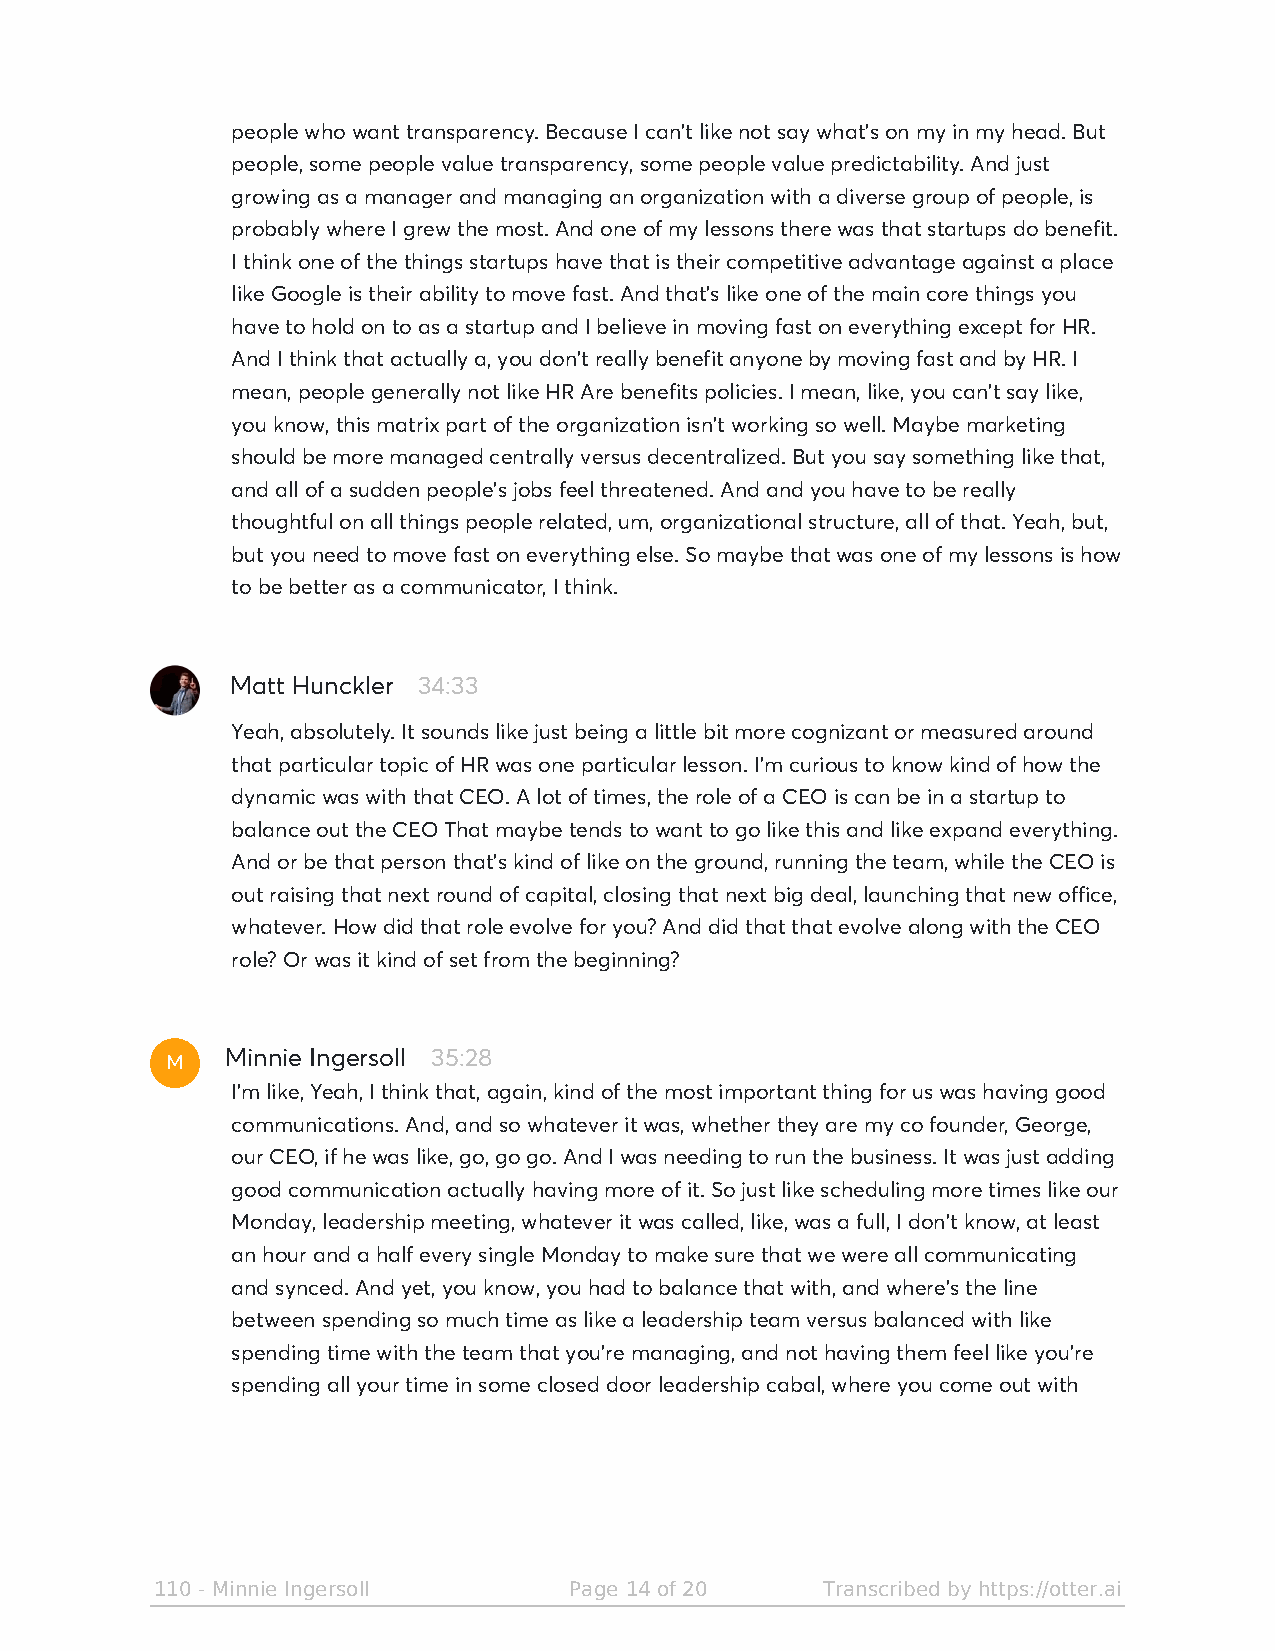
people who want transparency. Because I can't like not say what's on my in my head. But
 people, some people value transparency, some people value predictability. And just
 growing as a manager and managing an organization with a diverse group of people, is
 probably where I grew the most. And one of my lessons there was that startups do benefit.
 I think one of the things startups have that is their competitive advantage against a place
 like Google is their ability to move fast. And that's like one of the main core things you
 have to hold on to as a startup and I believe in moving fast on everything except for HR.
 And I think that actually a, you don't really benefit anyone by moving fast and by HR. I
 mean, people generally not like HR Are benefits policies. I mean, like, you can't say like,
 you know, this matrix part of the organization isn't working so well. Maybe marketing
 should be more managed centrally versus decentralized. But you say something like that,
 and all of a sudden people's jobs feel threatened. And and you have to be really
 thoughtful on all things people related, um, organizational structure, all of that. Yeah, but,
 but you need to move fast on everything else. So maybe that was one of my lessons is how
 to be better as a communicator, I think.
 Matt Hunckler 34:33
 Yeah, absolutely. It sounds like just being a little bit more cognizant or measured around
 that particular topic of HR was one particular lesson. I'm curious to know kind of how the
 dynamic was with that CEO. A lot of times, the role of a CEO is can be in a startup to
 balance out the CEO That maybe tends to want to go like this and like expand everything.
 And or be that person that's kind of like on the ground, running the team, while the CEO is
 out raising that next round of capital, closing that next big deal, launching that new office,
 whatever. How did that role evolve for you? And did that that evolve along with the CEO
 role? Or was it kind of set from the beginning?
 M
 Minnie Ingersoll 35:28
 I'm like, Yeah, I think that, again, kind of the most important thing for us was having good
 communications. And, and so whatever it was, whether they are my co founder, George,
 our CEO, if he was like, go, go go. And I was needing to run the business. It was just adding
 good communication actually having more of it. So just like scheduling more times like our
 Monday, leadership meeting, whatever it was called, like, was a full, I don't know, at least
 an hour and a half every single Monday to make sure that we were all communicating
 and synced. And yet, you know, you had to balance that with, and where's the line
 between spending so much time as like a leadership team versus balanced with like
 spending time with the team that you're managing, and not having them feel like you're
 spending all your time in some closed door leadership cabal, where you come out with
 110 - Minnie Ingersoll      Page 14 of 20   Transcribed by https://otter.ai